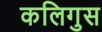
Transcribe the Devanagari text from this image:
कलिगुस